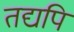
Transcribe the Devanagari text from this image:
तद्यपि